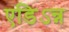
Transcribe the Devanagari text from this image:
एडिऽन्न